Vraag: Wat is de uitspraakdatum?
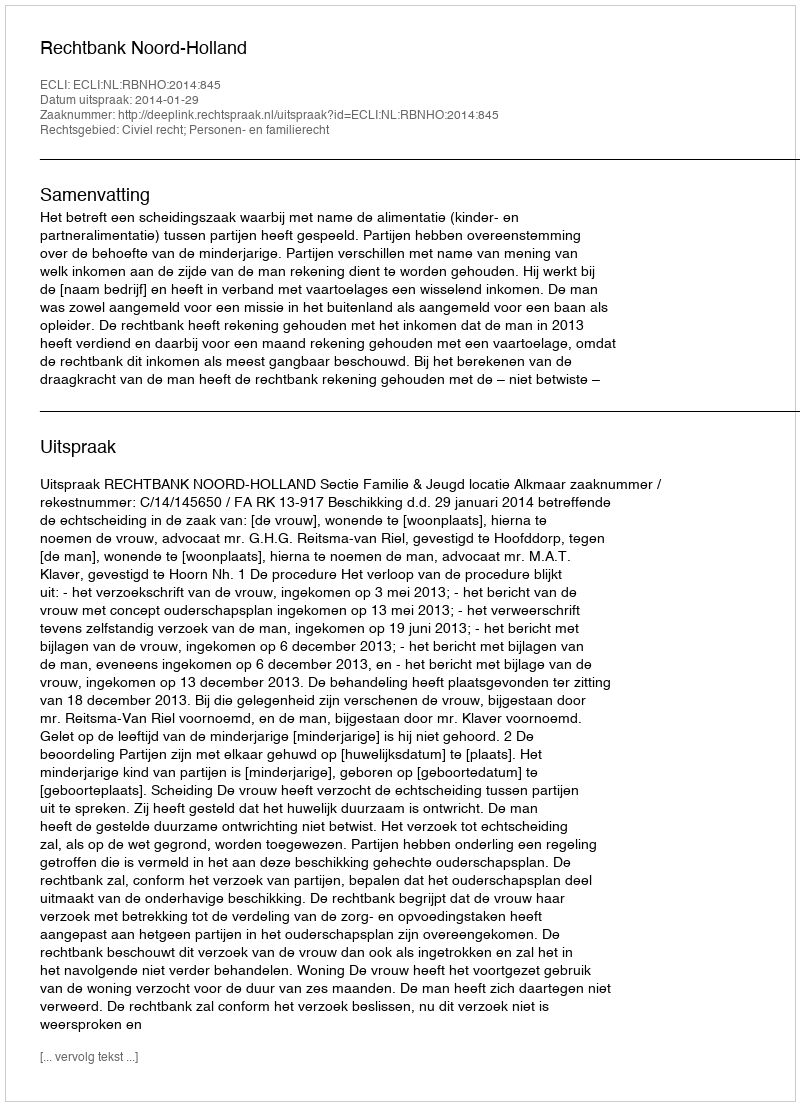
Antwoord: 2014-01-29